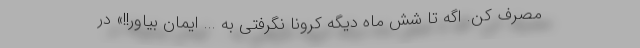
مصرف کن. اگه تا شش ماه دیگه کرونا نگرفتی به ... ایمان بیاور!!» در